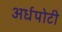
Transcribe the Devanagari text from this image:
अर्धपोटी